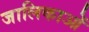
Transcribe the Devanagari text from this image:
जालिकाओं